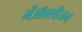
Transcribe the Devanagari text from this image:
मेंऑक्सीजन